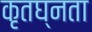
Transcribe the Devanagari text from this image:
कृतघ्नता